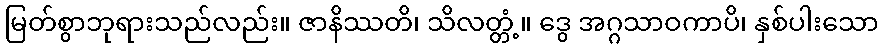
မြတ်စွာဘုရားသည်လည်း။ ဇာနိဿတိ၊ သိလတ္တံ့။ ဒွေ အဂ္ဂသာဝကာပိ၊ နှစ်ပါးသော